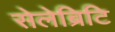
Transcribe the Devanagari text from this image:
सेलेब्रिटि